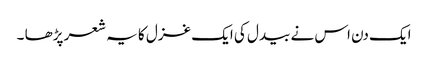
ایک دن اس نے بیدل کی ایک غزل کا یہ شعر پڑھا ۔